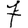
Digit: 7